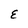
Character: E